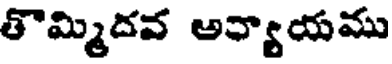
తొమ్మిదవ అన్యాయము